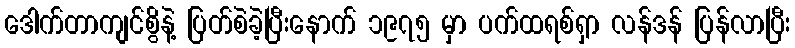
ဒေါက်တာကျင်စွိနဲ့ ပြတ်စဲခဲ့ပြီးနောက် ၁၉၇၅ မှာ ပက်ထရစ်ရှာ လန်ဒန် ပြန်လာပြီး